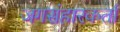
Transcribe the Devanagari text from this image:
जगसंहारकर्ता